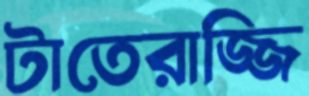
টাতেরাজ্জি